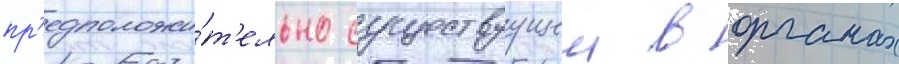
пр'едположи́т'ельно существуущеи в органах